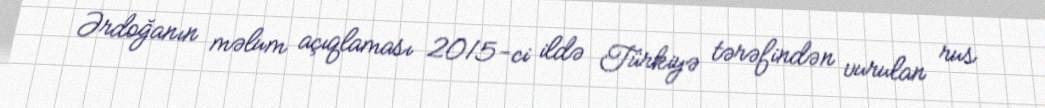
Ərdoğanın məlum açıqlaması 2015-ci ildə Türkiyə tərəfindən vurulan rus